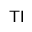
{ \mathsf { T } } { \mathsf { I } }